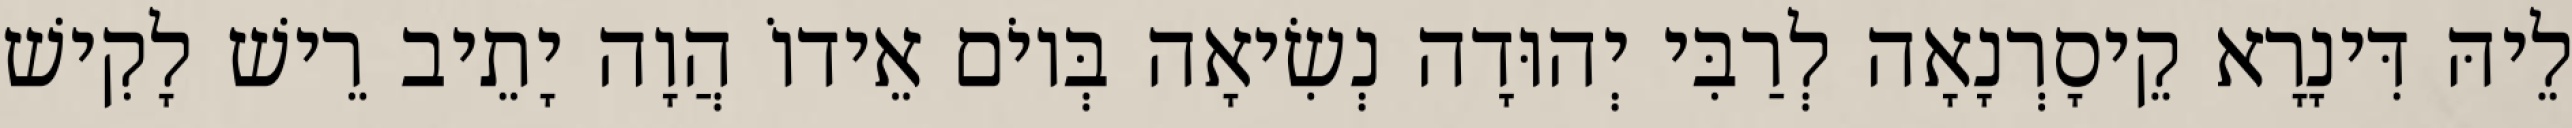
לֵיהּ דִּינָרָא קֵיסָרְנָאָה לְרַבִּי יְהוּדָה נְשִׂיאָה בְּיוֹם אֵידוֹ הֲוָה יָתֵיב רֵישׁ לָקִישׁ